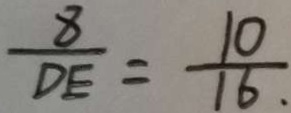
\frac { 8 } { D E } = \frac { 1 0 } { 1 6 . }